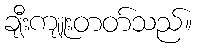
ချီးကျူးတတ်သည်။